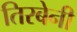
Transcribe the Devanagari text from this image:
तिरबेनी